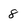
Character: 8